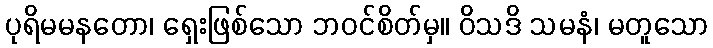
ပုရိမမနတော၊ ရှေးဖြစ်သော ဘဝင်စိတ်မှ။ ဝိသဒိ သမနံ၊ မတူသော